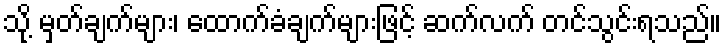
သို့ မှတ်ချက်များ၊ ထောက်ခံချက်များဖြင့် ဆက်လက် တင်သွင်းရသည်။